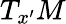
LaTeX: T_{x^{\prime}}M